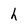
Character: h